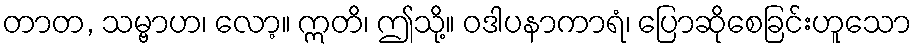
တာတ, သမ္ဗာဟ၊ လော့။ ဣတိ၊ ဤသို့။ ဝဒါပနာကာရံ၊ ပြောဆိုစေခြင်းဟူသော